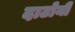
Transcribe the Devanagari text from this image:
दाटोनी